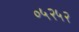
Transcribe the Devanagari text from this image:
०५२५२